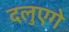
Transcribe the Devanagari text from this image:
दलुएगे